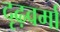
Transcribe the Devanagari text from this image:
दृढ़वर्मा